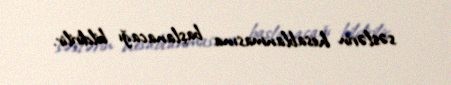
səslərin hesablanmasına başlanacağı bildirilir.